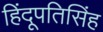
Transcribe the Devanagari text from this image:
हिंदूपतिसिंह